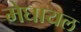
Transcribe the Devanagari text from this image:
मेघायल